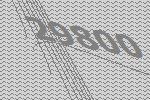
29800